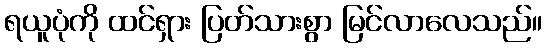
ရယူပုံကို ထင်ရှား ပြတ်သားစွာ မြင်လာလေသည်။